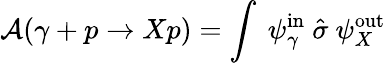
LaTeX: {\cal A}(\gamma+p\rightarrow Xp)=\int~\psi_{\gamma}^{\mathrm{in}}~{\hat{\sigma}}~\psi_{X}^{\mathrm{out}}